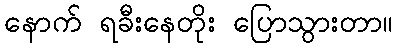
နောက် ရခီးနေတိုး ပြောသွားတာ။